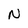
Character: N